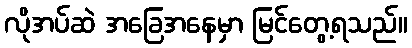
လိုအပ်ဆဲ အခြေအနေမှာ မြင်တွေ့ရသည်။